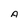
Character: A